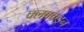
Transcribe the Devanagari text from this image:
क्‍लबकडून